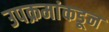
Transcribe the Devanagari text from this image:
उपक्रमांकडून